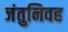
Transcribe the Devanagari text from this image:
जंतुनिवह